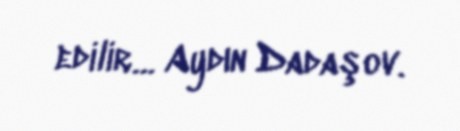
edilir… Aydın Dadaşov.